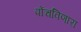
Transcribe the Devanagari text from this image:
पोंचविणारा